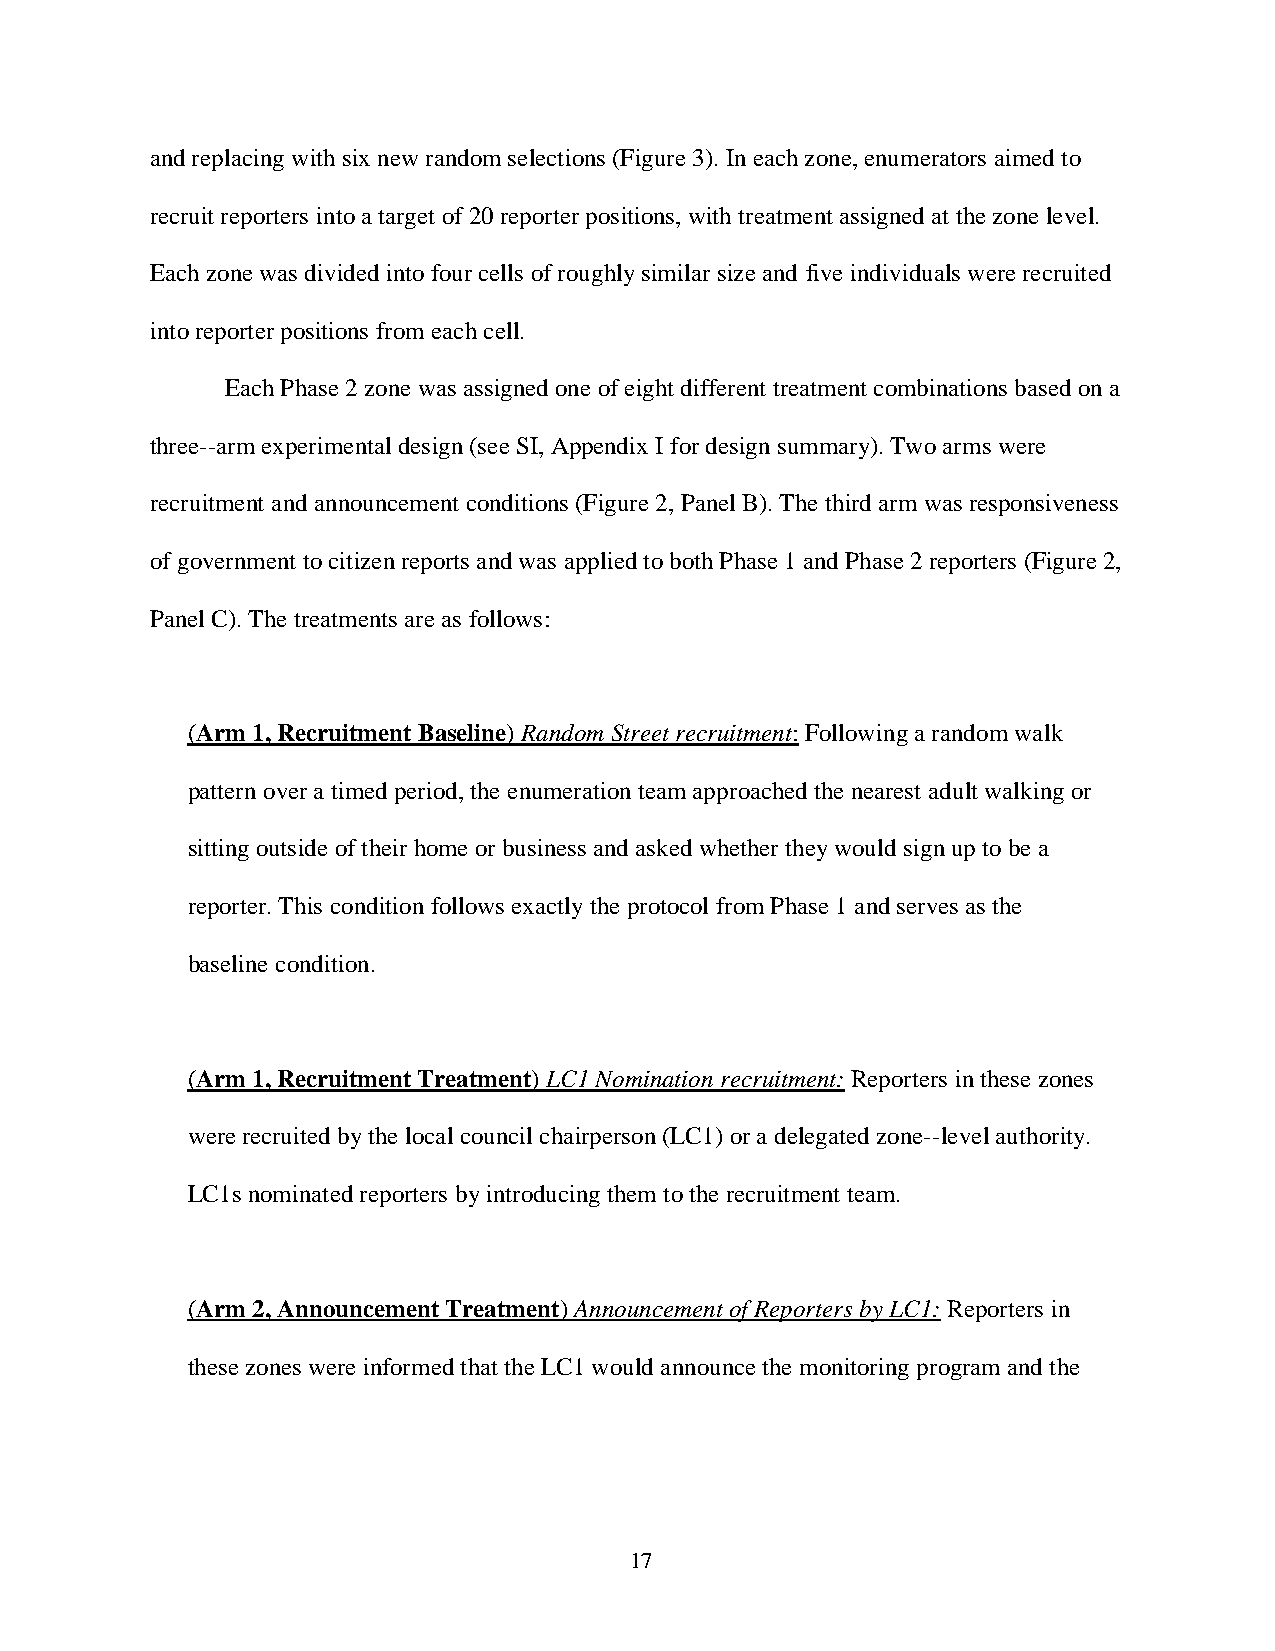
and replacing with six new random selections (Figure 3). In each zone, enumerators aimed to
 recruit reporters into a target of 20 reporter positions, with treatment assigned at the zone level.
 Each zone was divided into four cells of roughly similar size and five individuals were recruited
 into reporter positions from each cell.
 Each Phase 2 zone was assigned one of eight different treatment combinations based on a
 three -arm experimental design (see SI, Appendix I for design summary). Two arms were
 recruitment and announcement conditions (Figure 2, Panel B). The third arm was responsiveness
 of government to citizen reports and was applied to both Phase 1 and Phase 2 reporters (Figure 2,
 Panel C). The treatments are as follows:
 (Arm 1, Recruitment Baseline) Random Street recruitment: Following a random walk
 pattern over a timed period, the enumeration team approached the nearest adult walking or
 sitting outside of their home or business and asked whether they would sign up to be a
 reporter. This condition follows exactly the protocol from Phase 1 and serves as the
 baseline condition.
 (Arm 1, Recruitment Treatment) LC1 Nomination recruitment: Reporters in these zones
 were recruited by the local council chairperson (LC1) or a delegated zone -level authority.
 LC1s nominated reporters by introducing them to the recruitment team.
 (Arm 2, Announcement Treatment) Announcement of Reporters by LC1: Reporters in
 these zones were informed that the LC1 would announce the monitoring program and the
 17